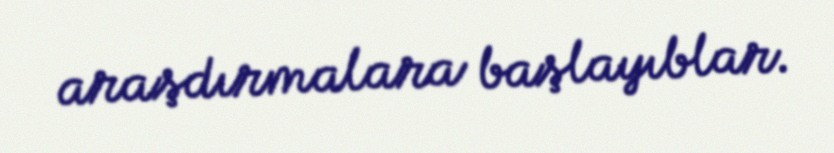
araşdırmalara başlayıblar.